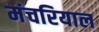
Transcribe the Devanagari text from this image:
मंचरियाल